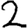
Digit: 2